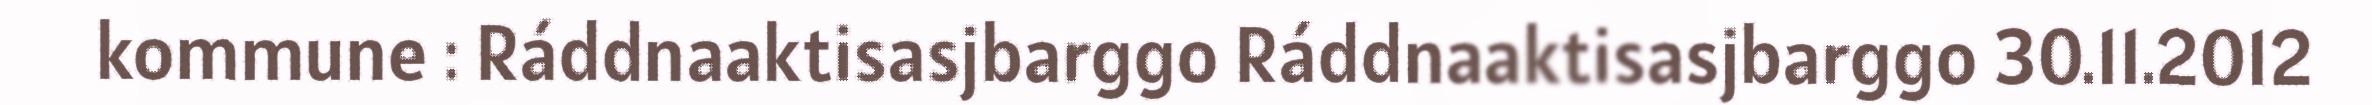
kommune : Ráddnaaktisasjbarggo Ráddnaaktisasjbarggo 30.11.2012